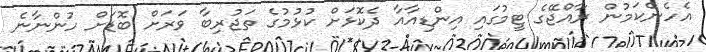
އެހެންކަމުން ރާއްޖޭގެ ޓީމުގައި އިންޑިއާއާ ދެކޮޅަށް ކުޅުމުގެ ތަޖުރިބާ ވަރަށް ބޮޑަށް ހުންނާނެ